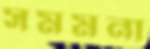
সমমনা